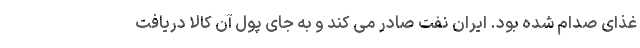
غذای صدام شده بود. ایران نفت صادر می کند و به جای پول آن کالا دریافت